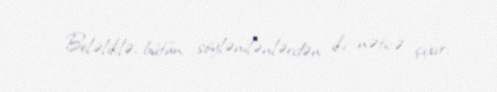
Beləliklə, bütün söylənilənlərdən iki nəticə çıxır.